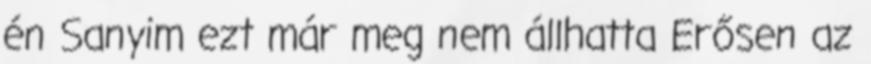
én Sanyim ezt már meg nem áll­hatta Erősen az